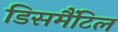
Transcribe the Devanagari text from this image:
डिसमैंटिल